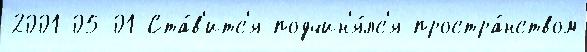
2001-05-01 Ста́в'итс'я подчин'я́лс'я простра́нством